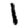
Digit: 1